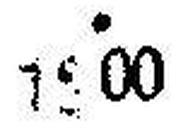
1###00